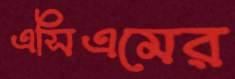
এসিএমের